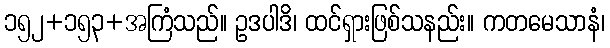
၁၅၂+၁၅၃+အကြံသည်။ ဥဒပါဒိ၊ ထင်ရှားဖြစ်သနည်း။ ကတမေသာနံ၊